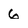
Character: 6